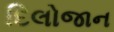
દિલોજાન